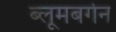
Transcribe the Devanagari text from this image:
ब्लूमबर्गेन